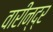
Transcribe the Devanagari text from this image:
वारीन्द्र